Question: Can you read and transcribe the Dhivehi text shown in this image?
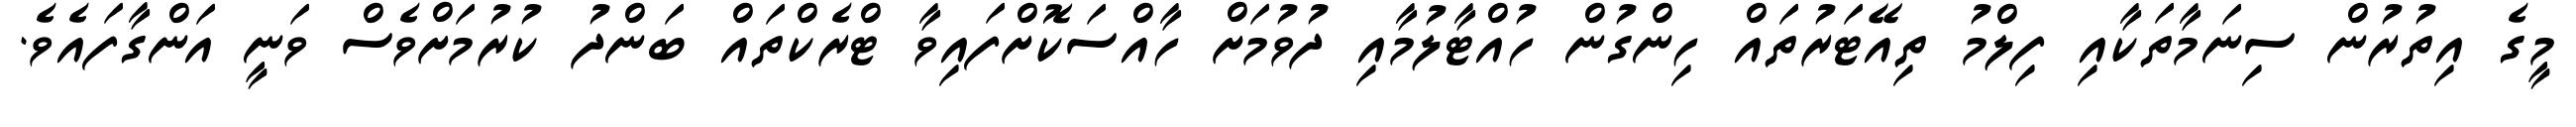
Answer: މީގެ އިތުރުން ސިނަމާތަކާއި ފިލްމު ތިއޭޓަރުތައް ހިންގުން ހުއްޓާލުމާއި ދުވުމަށް ހާއްސަކޮށްފައިވާ ޓްރެކްތައް ބަންދު ކުރުމަށްވެސް ވަނީ އަންގާފައެވެ.